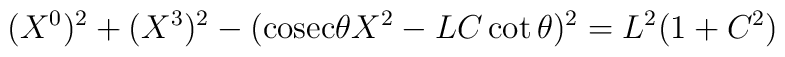
(X^0)^2 + (X^3)^2 - (\mathrm{cosec}\theta X^2 - LC\cot\theta )^2 = L^2( 1 + C^2 )